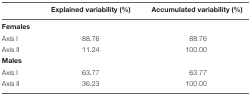
<table><thead><tr><td>[EMPTY_CELL]</td><td><b>Explained variability (%)</b></td><td><b>Accumulated variability (%)</b></td></tr></thead><tbody><tr><td><b>Females</b></td><td>[EMPTY_CELL]</td><td>[EMPTY_CELL]</td></tr><tr><td>Axis I</td><td>88.76</td><td>88.76</td></tr><tr><td>Axis II</td><td>11.24</td><td>100.00</td></tr><tr><td><b>Males</b></td><td>[EMPTY_CELL]</td><td>[EMPTY_CELL]</td></tr><tr><td>Axis I</td><td>63.77</td><td>63.77</td></tr><tr><td>Axis II</td><td>36.23</td><td>100.00</td></tr></tbody></table>